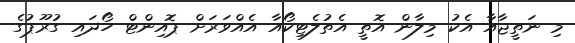
މި ނަތީޖާއާ އެކު މިލާން އޮތީ އެތުލެޓިކޯއާ އެއްވަރަށް ޕޮއިންޓް ހޯދައި ގުރޫޕުގެ